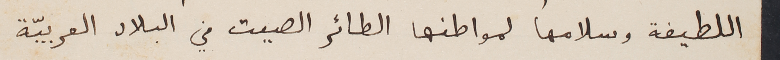
اللطيفة وسلامها لمواطنها الطائر الصيت في البلاد العربيّة